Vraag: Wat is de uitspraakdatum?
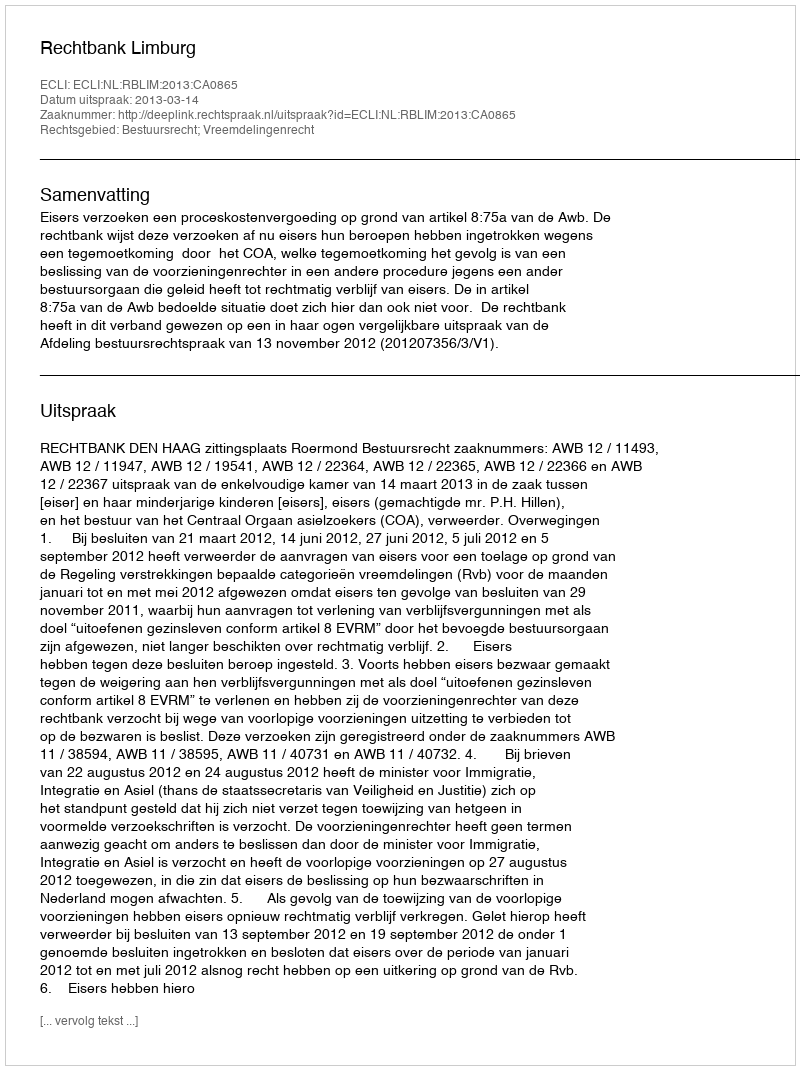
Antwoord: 2013-03-14